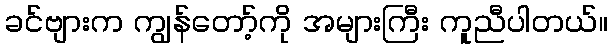
ခင်ဗျားက ကျွန်တော့်ကို အများကြီး ကူညီပါတယ်။